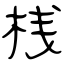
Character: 桟